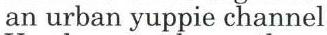
an urban yuppie channel